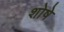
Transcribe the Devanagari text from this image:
शोषे